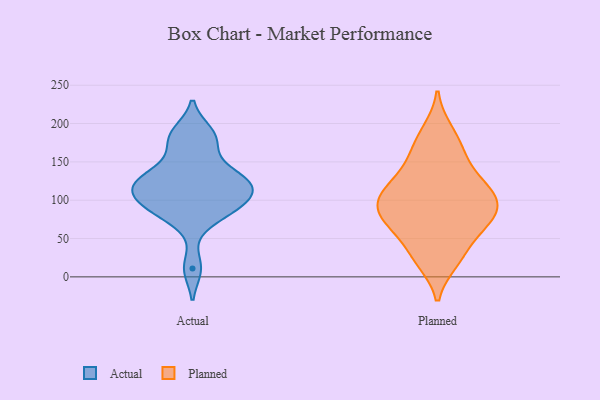
{"axis": {"x": "Shipments", "y": "Value"}, "legend": ["Actual", "Planned"], "data": [{"x": "", "y": 91, "type": "Actual"}, {"x": "", "y": 129, "type": "Actual"}, {"x": "", "y": 97, "type": "Actual"}, {"x": "", "y": 127, "type": "Actual"}, {"x": "", "y": 165, "type": "Actual"}, {"x": "", "y": 111, "type": "Actual"}, {"x": "", "y": 75, "type": "Actual"}, {"x": "", "y": 116, "type": "Actual"}, {"x": "", "y": 136, "type": "Actual"}, {"x": "", "y": 189, "type": "Actual"}, {"x": "", "y": 92, "type": "Actual"}, {"x": "", "y": 11, "type": "Actual"}, {"x": "", "y": 118, "type": "Actual"}, {"x": "", "y": 183, "type": "Actual"}, {"x": "", "y": 155, "type": "Planned"}, {"x": "", "y": 191, "type": "Planned"}, {"x": "", "y": 166, "type": "Planned"}, {"x": "", "y": 26, "type": "Planned"}, {"x": "", "y": 66, "type": "Planned"}, {"x": "", "y": 94, "type": "Planned"}, {"x": "", "y": 54, "type": "Planned"}, {"x": "", "y": 124, "type": "Planned"}, {"x": "", "y": 20, "type": "Planned"}, {"x": "", "y": 121, "type": "Planned"}, {"x": "", "y": 82, "type": "Planned"}, {"x": "", "y": 116, "type": "Planned"}, {"x": "", "y": 73, "type": "Planned"}, {"x": "", "y": 95, "type": "Planned"}, {"x": "", "y": 96, "type": "Planned"}]}